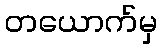
တယောက်မှ